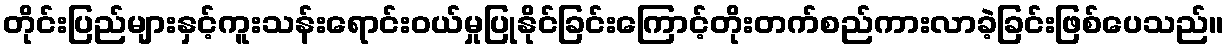
တိုင်းပြည်များနှင့်ကူးသန်းရောင်းဝယ်မှုပြုနိုင်ခြင်းကြောင့်တိုးတက်စည်ကားလာခဲ့ခြင်းဖြစ်ပေသည်။